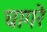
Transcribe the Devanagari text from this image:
घागरे